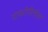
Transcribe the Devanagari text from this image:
पायरोगैलोल